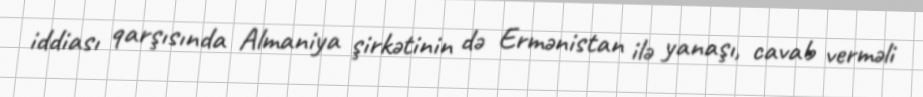
iddiası qarşısında Almaniya şirkətinin də Ermənistan ilə yanaşı, cavab verməli